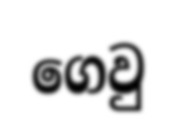
ගෙවු